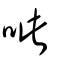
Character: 呲